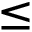
\leq